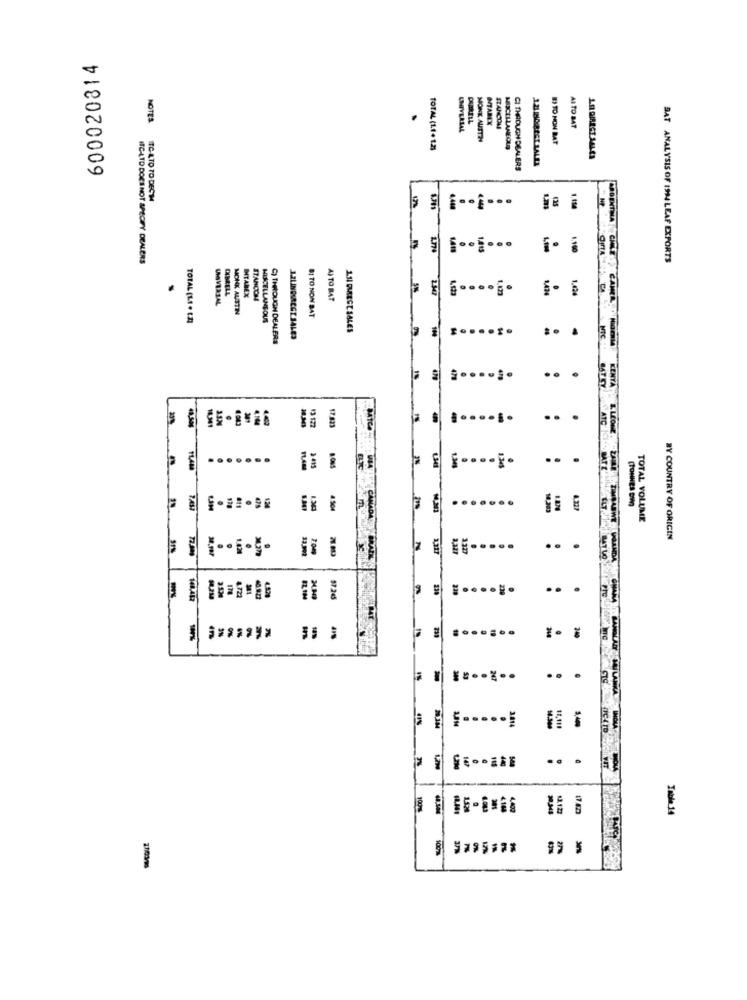
600020814
NOTES
BITAREY
STANCOME
AI TO BAT
MONK AUSTH
B) TO NON BAT
TOTAL (1.1. 1.2)
MISCELLANEOUS
CI THROUGH DEALERS
TC-ATO TO DECM
1,415
1.100
ICHATD DOES NOT SPECIFY DEALERS
BAT ANALYSIS OF 1994 LEAF EXPORTS
.!
DIBRELL
....
1.424
1.424
UNIVERSAL
INTABEX
STANCOM
A) TO BAT
MONK AUSTIN
TOTAL (1.1 . 1.2)
MISCELLANEOUS
BI TO NON BAT
111 DIRECT SALES
C) THROUGH DEALERS
NIC
.......
HATEY
KENYA
301
17.823
.......
. .
3 .
13
. ........
3 45
L.345
...
(TONNES DW)
4.50
ANADA
TOTAL VOLUME
BY COUNTRY OF ORIGIN
1.820
132
..
4722
228
..
-s
.......
-- -
240
3.814
30.304
13,12
Table 14
100